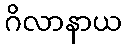
ဂိလာနာယ